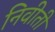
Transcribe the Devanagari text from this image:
निवीती